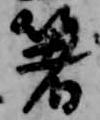
箸